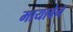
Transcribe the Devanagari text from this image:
मायाबेन